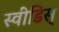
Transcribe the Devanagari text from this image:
स्वीडिस्